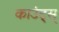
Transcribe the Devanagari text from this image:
काउंट्स्